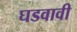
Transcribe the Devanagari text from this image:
घडवावी